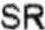
SR